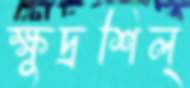
ক্ষুদ্রশিল্